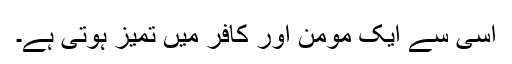
اسی سے ایک مومن اور کافر میں تمیز ہوتی ہے۔